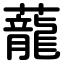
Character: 蘢